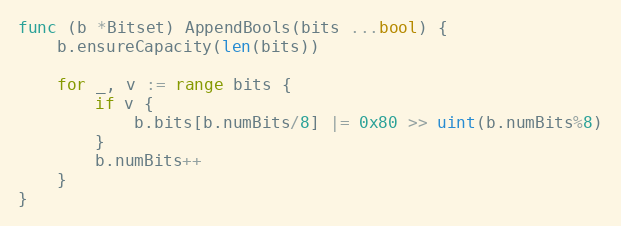
Language: Go
func (b *Bitset) AppendBools(bits ...bool) {
	b.ensureCapacity(len(bits))

	for _, v := range bits {
		if v {
			b.bits[b.numBits/8] |= 0x80 >> uint(b.numBits%8)
		}
		b.numBits++
	}
}